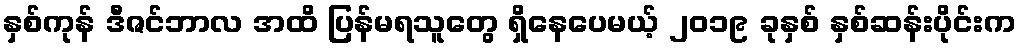
နှစ်ကုန် ဒီဇင်ဘာလ အထိ ပြန်မရသူတွေ ရှိနေပေမယ့် ၂၀၁၉ ခုနှစ် နှစ်ဆန်းပိုင်းက